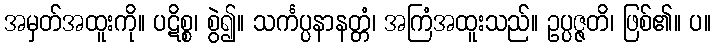
အမှတ်အထူးကို။ ပဋိစ္စ၊ စွဲ၍။ သင်္ကပ္ပနာနတ္တံ၊ အကြံအထူးသည်။ ဥပ္ပဇ္ဇတိ၊ ဖြစ်၏။ ပ။